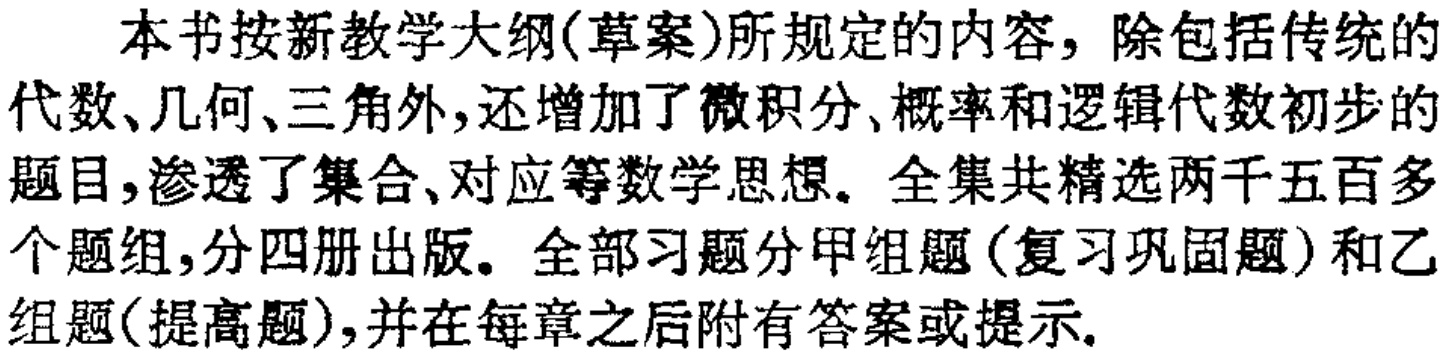
本书按新教学大纲(草案)所规定的内容，除包括传统的代数、几何、三角外,还增加了微积分、概率和逻辑代数初步的题目,渗透了集合、对应等数学思想。全集共精选两千五百多个题组,分四册出版。全部习题分甲组题(复习巩固题)和乙组题(提高题),并在每章之后附有答案或提示.